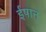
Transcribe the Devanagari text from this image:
ईषान